Investigations into the jail dietaries of the United Provinces with some observations on the influence of dietary on the physical development and well-being of the people of the United Provinces - Number 48
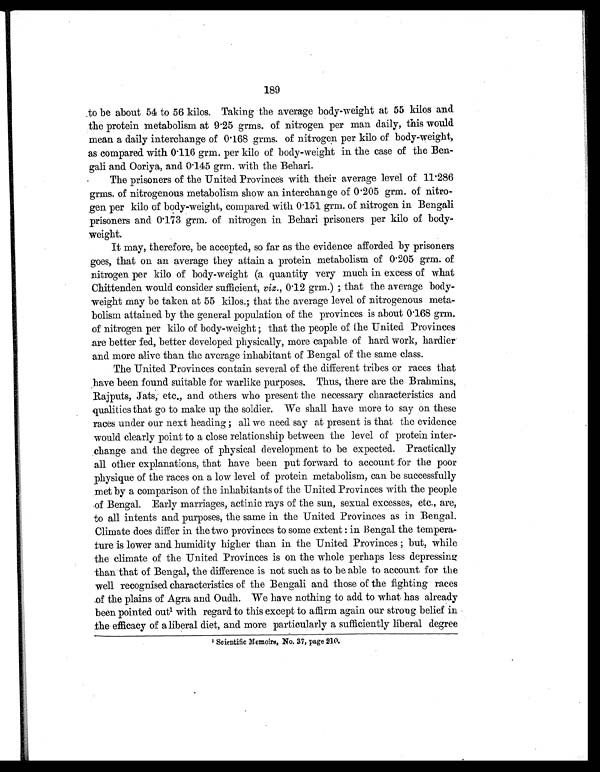
189
to be about 54 to 56 kilos. Taking the average body-weight at 55 kilos and
the protein metabolism at 9.25 grms. of nitrogen per man daily, this would
mean a daily interchange of 0.168 grms. of nitrogen per kilo of body-weight,
as compared with 0.116 grm. per kilo of body-weight in the case of the Ben
- gali and Ooriya, and 0.145 grm. with the Behari.
The prisoners of the United Provinces with their average level of 11.286
grms. of nitrogenous metabolism show an interchange of 0.205 grm. of nitro
- gen per kilo of body-weight, compared with 0.151 grm. of nitrogen in Bengali
prisoners and 0.173 grm. of nitrogen in Behari prisoners per kilo of body-
weight.
It may, therefore, be accepted, so far as the evidence afforded by prisoners
goes, that on an average they attain a protein metabolism of 0.205 grm. of
nitrogen per kilo of body-weight (a quantity very much in excess of what
Chittenden would consider sufficient, viz., 0.12 grm.) ; that the average body-
weight may be taken at 55 kilos.; that the average level of nitrogenous meta-
bolism attained by the general population of the provinces is about 0.168 grm.
of nitrogen per kilo of body-weight ; that the people of the United Provinces
are better fed, better developed physically, more capable of hard work, hardier
and more alive than the average inhabitant of Bengal of the same class.
The United Provinces contain several of the different tribes or races that
have been found suitable for warlike purposes. Thus, there are the Brahmins,
Rajputs, Jats, etc., and others who present the necessary characteristics and
qualities that go to make up the soldier. We shall have more to say on these
races under our next heading ; all we need say at present is that the evidence
would clearly point to a close relationship between the level of protein inter-
change and the degree of physical development to be expected. Practically
all other explanations, that have been put forward to account for the poor
physique of the races on a low level of protein metabolism, can be successfully
met by a comparison of the inhabitants of the United Provinces with the people
of Bengal. Early marriages, actinic rays of the sun, sexual excesses, etc., are,
to all intents and purposes, the same in the United Provinces as in Bengal.
Climate does differ in the two provinces to some extent : in Bengal the tempera-
ture is lower and humidity higher than in the United Provinces ; but, while
the climate of the United Provinces is on the whole perhaps less depressing
than that of Bengal, the difference is not such as to be able to account for the
well recognised characteristics of the Bengali and those of the fighting races
of the plains of Agra and Oudh. We have nothing to add to what has already
been pointed out1 with regard to this except to affirm again our strong belief in
the efficacy of a liberal diet, and more particularly a sufficiently liberal degree
1
S c i e n t i f i c M e m o i r s , N o . 3 7 , p a g e 2 1 0 .
•